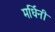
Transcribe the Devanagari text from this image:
मर्धिनी